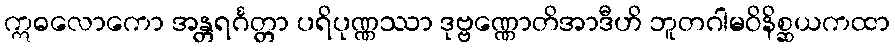
ဣဓလောကော အန္တရင်္ဂတ္တာ ပရိပုဏ္ဏဿာ ဒုဗ္ဗဏ္ဏောတိအာဒီဟိ ဘူတဂါမဝိနိစ္ဆယကထာ